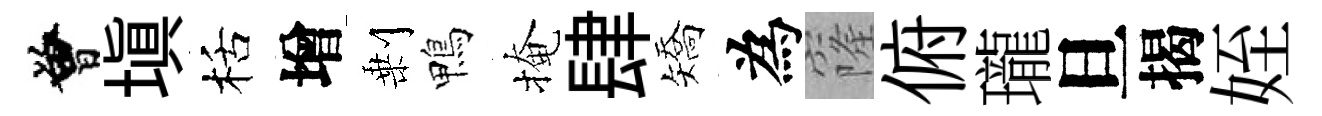
曾填栝增剰鴨掩肆矯為窿俯瓏旦揭姪